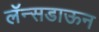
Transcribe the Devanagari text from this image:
लॅन्सडाऊन